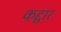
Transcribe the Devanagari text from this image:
कद्द्वार